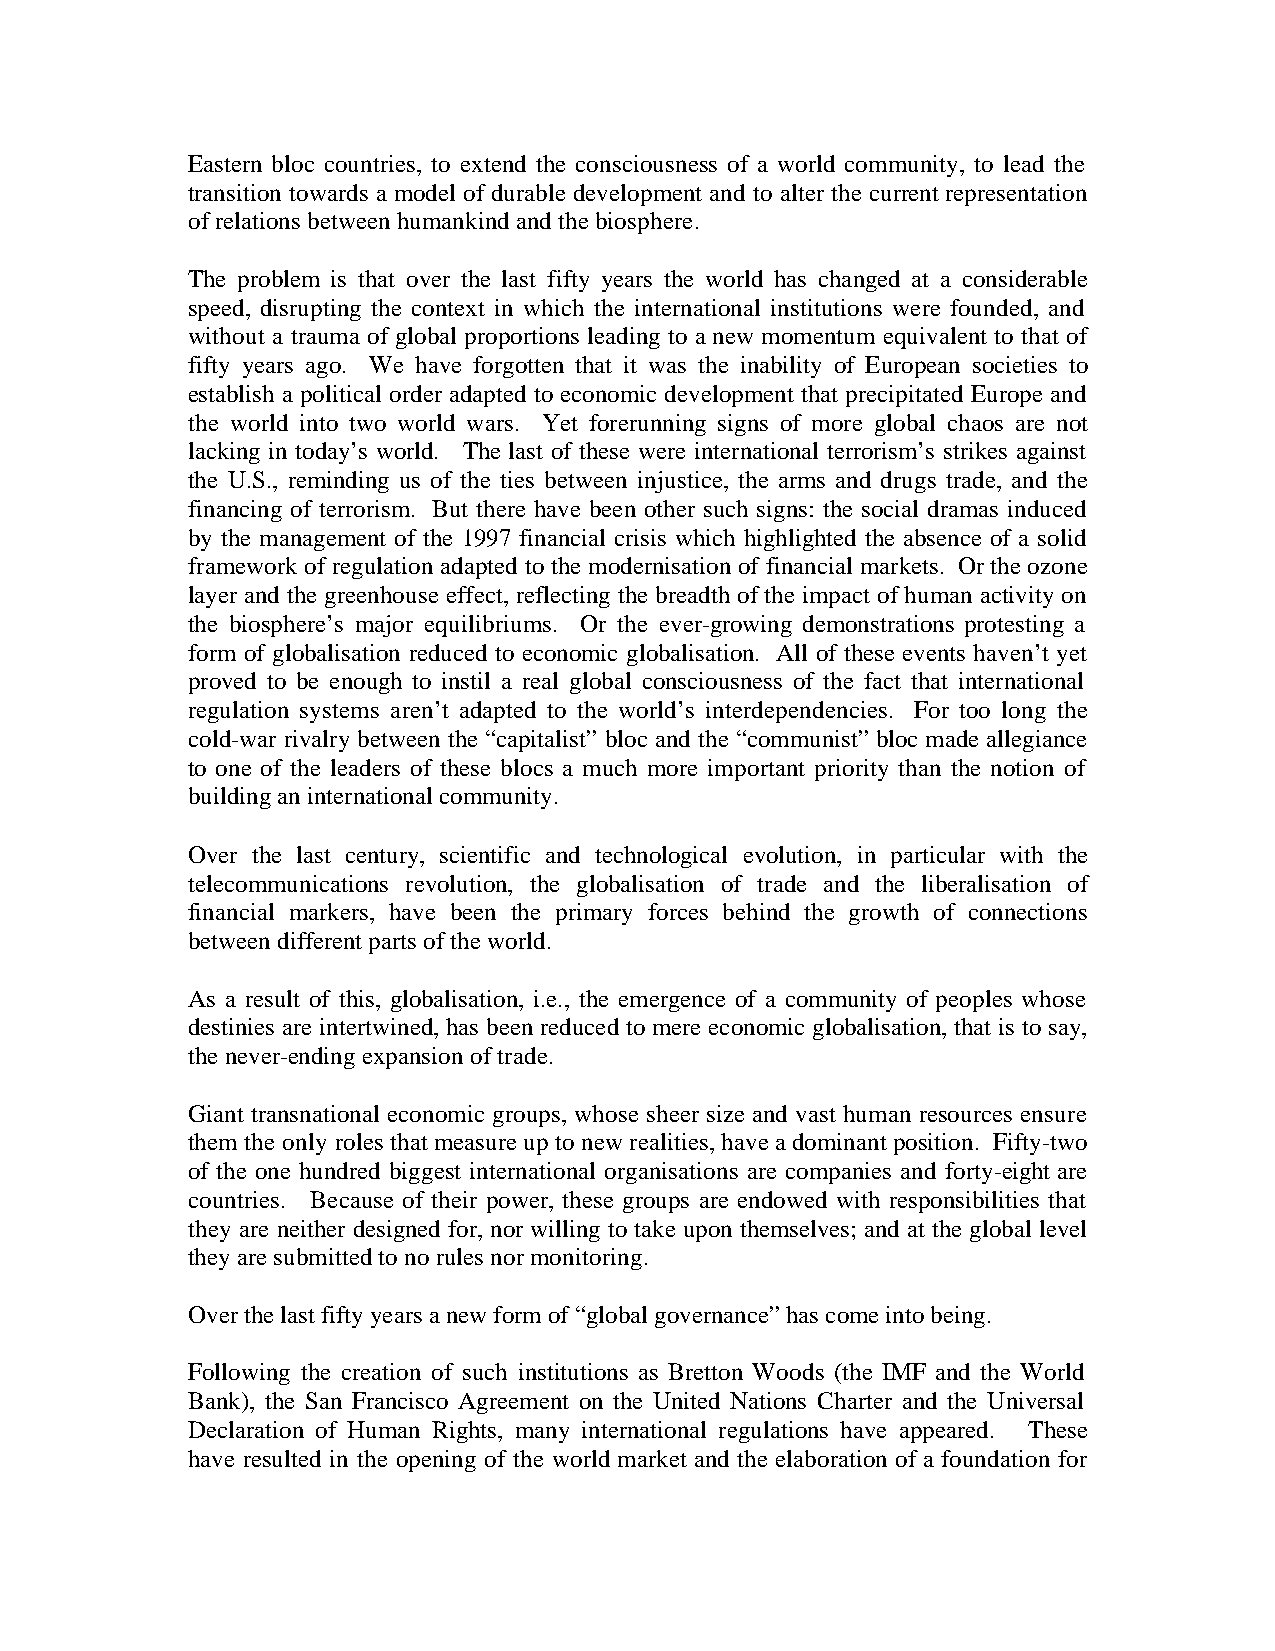
Eastern bloc countries, to extend the consciousness of a world community, to lead the
 transition towards a model of durable development and to alter the current representation
 of relations between humankind and the biosphere.
 The problem is that over the last fifty years the world has changed at a considerable
 speed, disrupting the context in which the international institutions were founded, and
 without a trauma of global proportions leading to a new momentum equivalent to that of
 fifty years ago. We have forgotten that it was the inability of European societies to
 establish a political order adapted to economic development that precipitated Europe and
 the world into two world wars. Yet forerunning signs of more global chaos are not
 lacking in today’s world. The last of these were international terrorism’s strikes against
 the U.S., reminding us of the ties between injustice, the arms and drugs trade, and the
 financing of terrorism. But there have been other such signs: the social dramas induced
 by the management of the 1997 financial crisis which highlighted the absence of a solid
 framework of regulation adapted to the modernisation of financial markets. Or the ozone
 layer and the greenhouse effect, reflecting the breadth of the impact of human activity on
 the biosphere’s major equilibriums. Or the ever-growing demonstrations protesting a
 form of globalisation reduced to economic globalisation. All of these events haven’t yet
 proved to be enough to instil a real global consciousness of the fact that international
 regulation systems aren’t adapted to the world’s interdependencies. For too long the
 cold-war rivalry between the “capitalist” bloc and the “communist” bloc made allegiance
 to one of the leaders of these blocs a much more important priority than the notion of
 building an international community.
 Over the last century, scientific and technological evolution, in particular with the
 telecommunications revolution, the globalisation of trade and the liberalisation of
 financial markers, have been the primary forces behind the growth of connections
 between different parts of the world.
 As a result of this, globalisation, i.e., the emergence of a community of peoples whose
 destinies are intertwined, has been reduced to mere economic globalisation, that is to say,
 the never-ending expansion of trade.
 Giant transnational economic groups, whose sheer size and vast human resources ensure
 them the only roles that measure up to new realities, have a dominant position. Fifty-two
 of the one hundred biggest international organisations are companies and forty-eight are
 countries. Because of their power, these groups are endowed with responsibilities that
 they are neither designed for, nor willing to take upon themselves; and at the global level
 they are submitted to no rules nor monitoring.
 Over the last fifty years a new form of “global governance” has come into being.
 Following the creation of such institutions as Bretton Woods (the IMF and the World
 Bank), the San Francisco Agreement on the United Nations Charter and the Universal
 Declaration of Human Rights, many international regulations have appeared. These
 have resulted in the opening of the world market and the elaboration of a foundation for